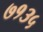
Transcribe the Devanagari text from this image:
७१३५